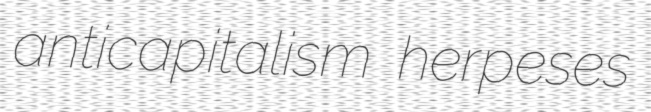
anticapitalism herpeses